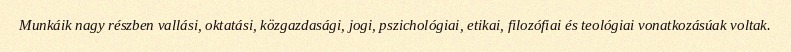
Munkáik nagy részben vallási, oktatási, közgazdasági, jogi, pszichológiai, etikai, filozófiai és teológiai vonatkozásúak voltak.